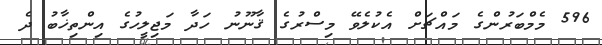
596 މެމްބަރުންގެ މައްޗަށް އެކުލެވޭ މިސްރުގެ ޤާނޫނު ހަދާ މަޖިލީހުގެ އިންތިޚާބު ދެ